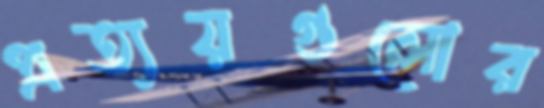
প্রত্যয়গুলোর